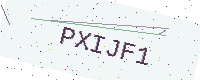
Text: PXIJF1